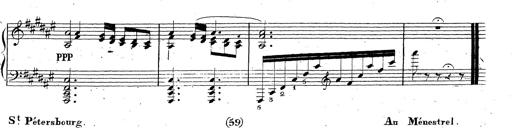
Title: Canzone Napolitana
Composer: Franz Liszt